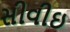
સીવીઇ